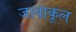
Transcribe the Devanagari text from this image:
जावाकूल